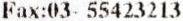
FAX:03- 55423213